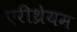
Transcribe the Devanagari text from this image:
एरीथ्रेयम